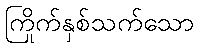
ကြိုက်နှစ်သက်သော